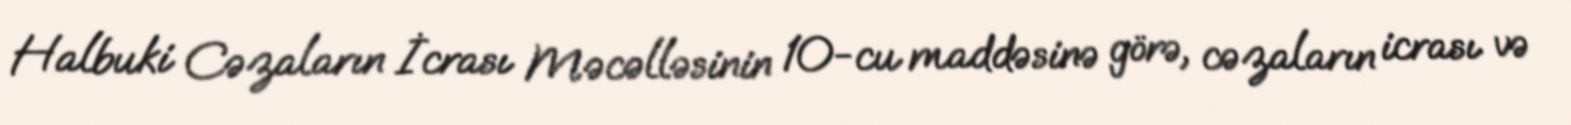
Halbuki Cəzaların İcrası Məcəlləsinin 10-cu maddəsinə görə, cəzaların icrası və